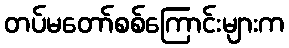
တပ်မတော်စစ်ကြောင်းများက